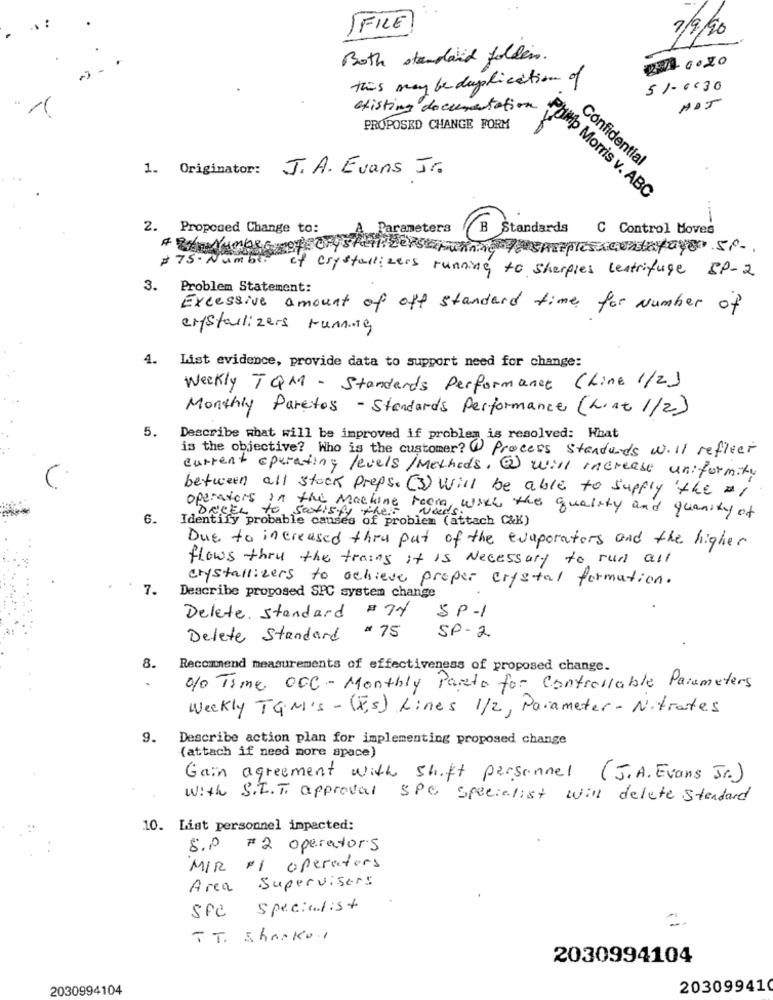
IFILE
7/9/90
Both standard folders.
this may be duplication of
51-6:30
existing documentation
ADJ
PROPOSED CHANGE FORM
Confidential
1. Originator:
J.A. Evans Jr.
Philip Morris v. ABC
2. Proposed Change to:
Parameters
B Standards
C Control Moves
A Number of crystallizerstannic 7 empresacentayayer st.
#75 - Num be
of crystallizers running to sharples centrifuge BP-2
3.
Problem Statement:
Excessive amount of off standard time for Number of
erstarlizers running
4.
List evidence, provide data to support need for change:
Weekly TQM - Standards Performance Chine 1/2)
Monthly Paretos - Standards Performance (List 1/2)
5.
Describe what will be improved if problem is resolved: What
is the objective? Who is the customer? 1 Process standards will refleer
current operating levels/Methods, @ will increase uniformity
between all stock preps. (3) will be able to supply 'the al
6.
Identify probable causes of problem (attach C&K)
operators in the Machine teem, with the quality and quantity of
Satisfy the
Due to increased thru put of the evaporators and the higher
flows thru the trains it is Necessary to run all
crystallizers to achieve proper crystal formation.
7.
Describe proposed SPC system change
Delete. standard # 74
SP-1
Delete Standard #75
SP-2
8.
Recommend measurements of effectiveness of proposed change.
0%0 Time OCC -Monthly Pareto for Controllable Parameters
Weekly T&M'S - (8,5) Lines 1/2, Parameter - Nitrates
9.
Describe action plan for implementing proposed change
(attach if need more space)
Gain agreement with shift personnel (J.A. Evans Jr.)
with S.T.T. approval Spe specialist will delete stendard
10. List personnel impacted:
S.P #2 operators
MIR FI operators
Area Supervisors
SPC specialist
TT. Sharko.
2030994104
2030994104
203099410